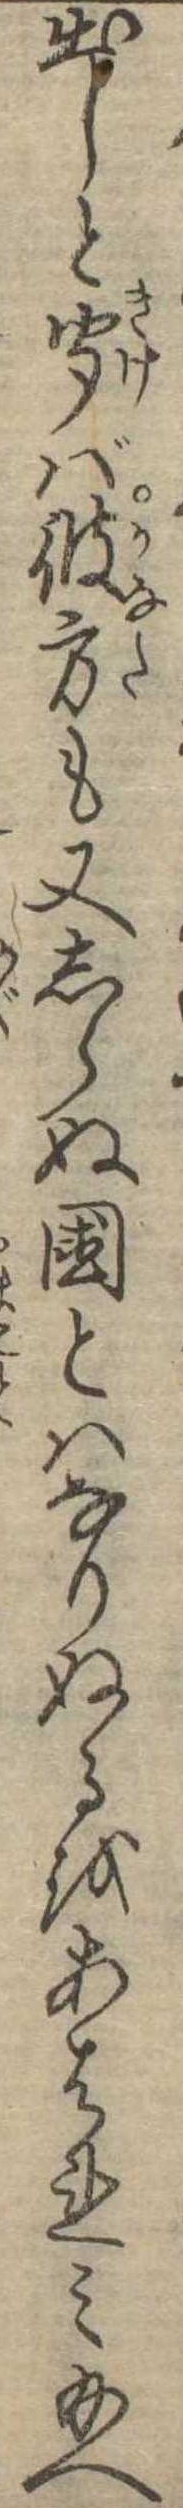
出しと聞ば彼方も又しらぬ国とはなりぬるをあはれみ給へ